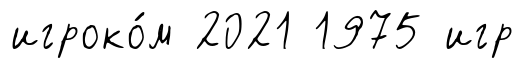
игроко́м 2021 1975 игр